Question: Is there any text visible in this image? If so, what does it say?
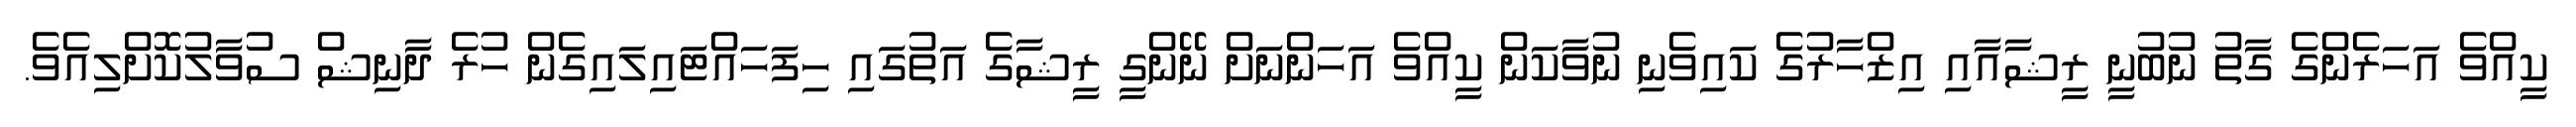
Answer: ކީއްވެ އަހަރެންގެ ގާތު ނުބުނީ ރީޝާއާއި އިޒްހާރުގެ ކައިވެނި ނުވާކަން ކީއްވެ އަހަންނަށް ނޭންގީ ރީޝާގެ އަތުގައި ހިފަހައްޓައިލައިގެން ހުރެ ދާނިޝް ސުވާލުކޮށްލިއެވެ.